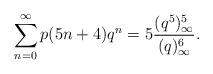
LaTeX: \begin{align*}\sum_{n=0}^\infty p(5n+4)q^n = 5 \frac{(q^5)_\infty^5}{(q)_\infty^6}.\end{align*}